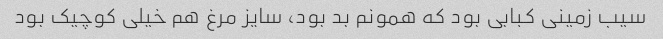
سیب زمینی کبابی بود که همونم بد بود، سایز مرغ هم خیلی کوچیک بود